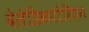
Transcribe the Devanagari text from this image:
वेलेडिकटोरियन